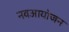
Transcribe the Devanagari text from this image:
नवआयोजन